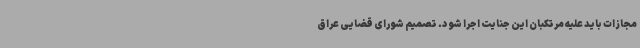
مجازات باید علیه مرتکبان این جنایت اجرا شود. تصمیم شورای قضایی عراق